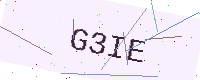
Text: G3IE